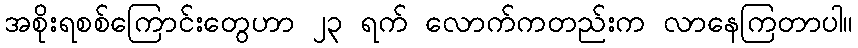
အစိုးရစစ်ကြောင်းတွေဟာ ၂၃ ရက် လောက်ကတည်းက လာနေကြတာပါ။